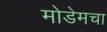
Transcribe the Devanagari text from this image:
मोडेमचा